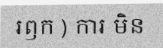
រឭក ) ការ មិន